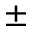
\pm